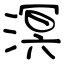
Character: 溟